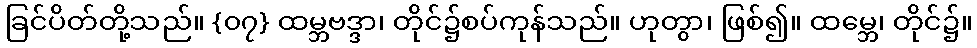
ခြင်ပိတ်တို့သည်။ {၀၇} ထမ္ဘဗဒ္ဒာ၊ တိုင်၌စပ်ကုန်သည်။ ဟုတွာ၊ ဖြစ်၍။ ထမ္ဘေ၊ တိုင်၌။